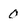
Character: 0